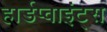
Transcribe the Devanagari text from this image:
हार्डप्वाइंट्स